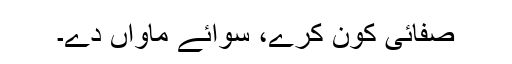
صفائی کون کرے، سوائے ماواں دے۔